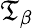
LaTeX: \mathfrak{T}_{\beta}